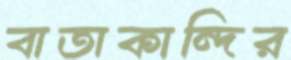
বাতাকান্দির